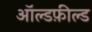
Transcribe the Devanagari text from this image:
ऑल्डफ़ील्ड